Maemoisa_(Sinalepa)_vallavalitsus, lk 18
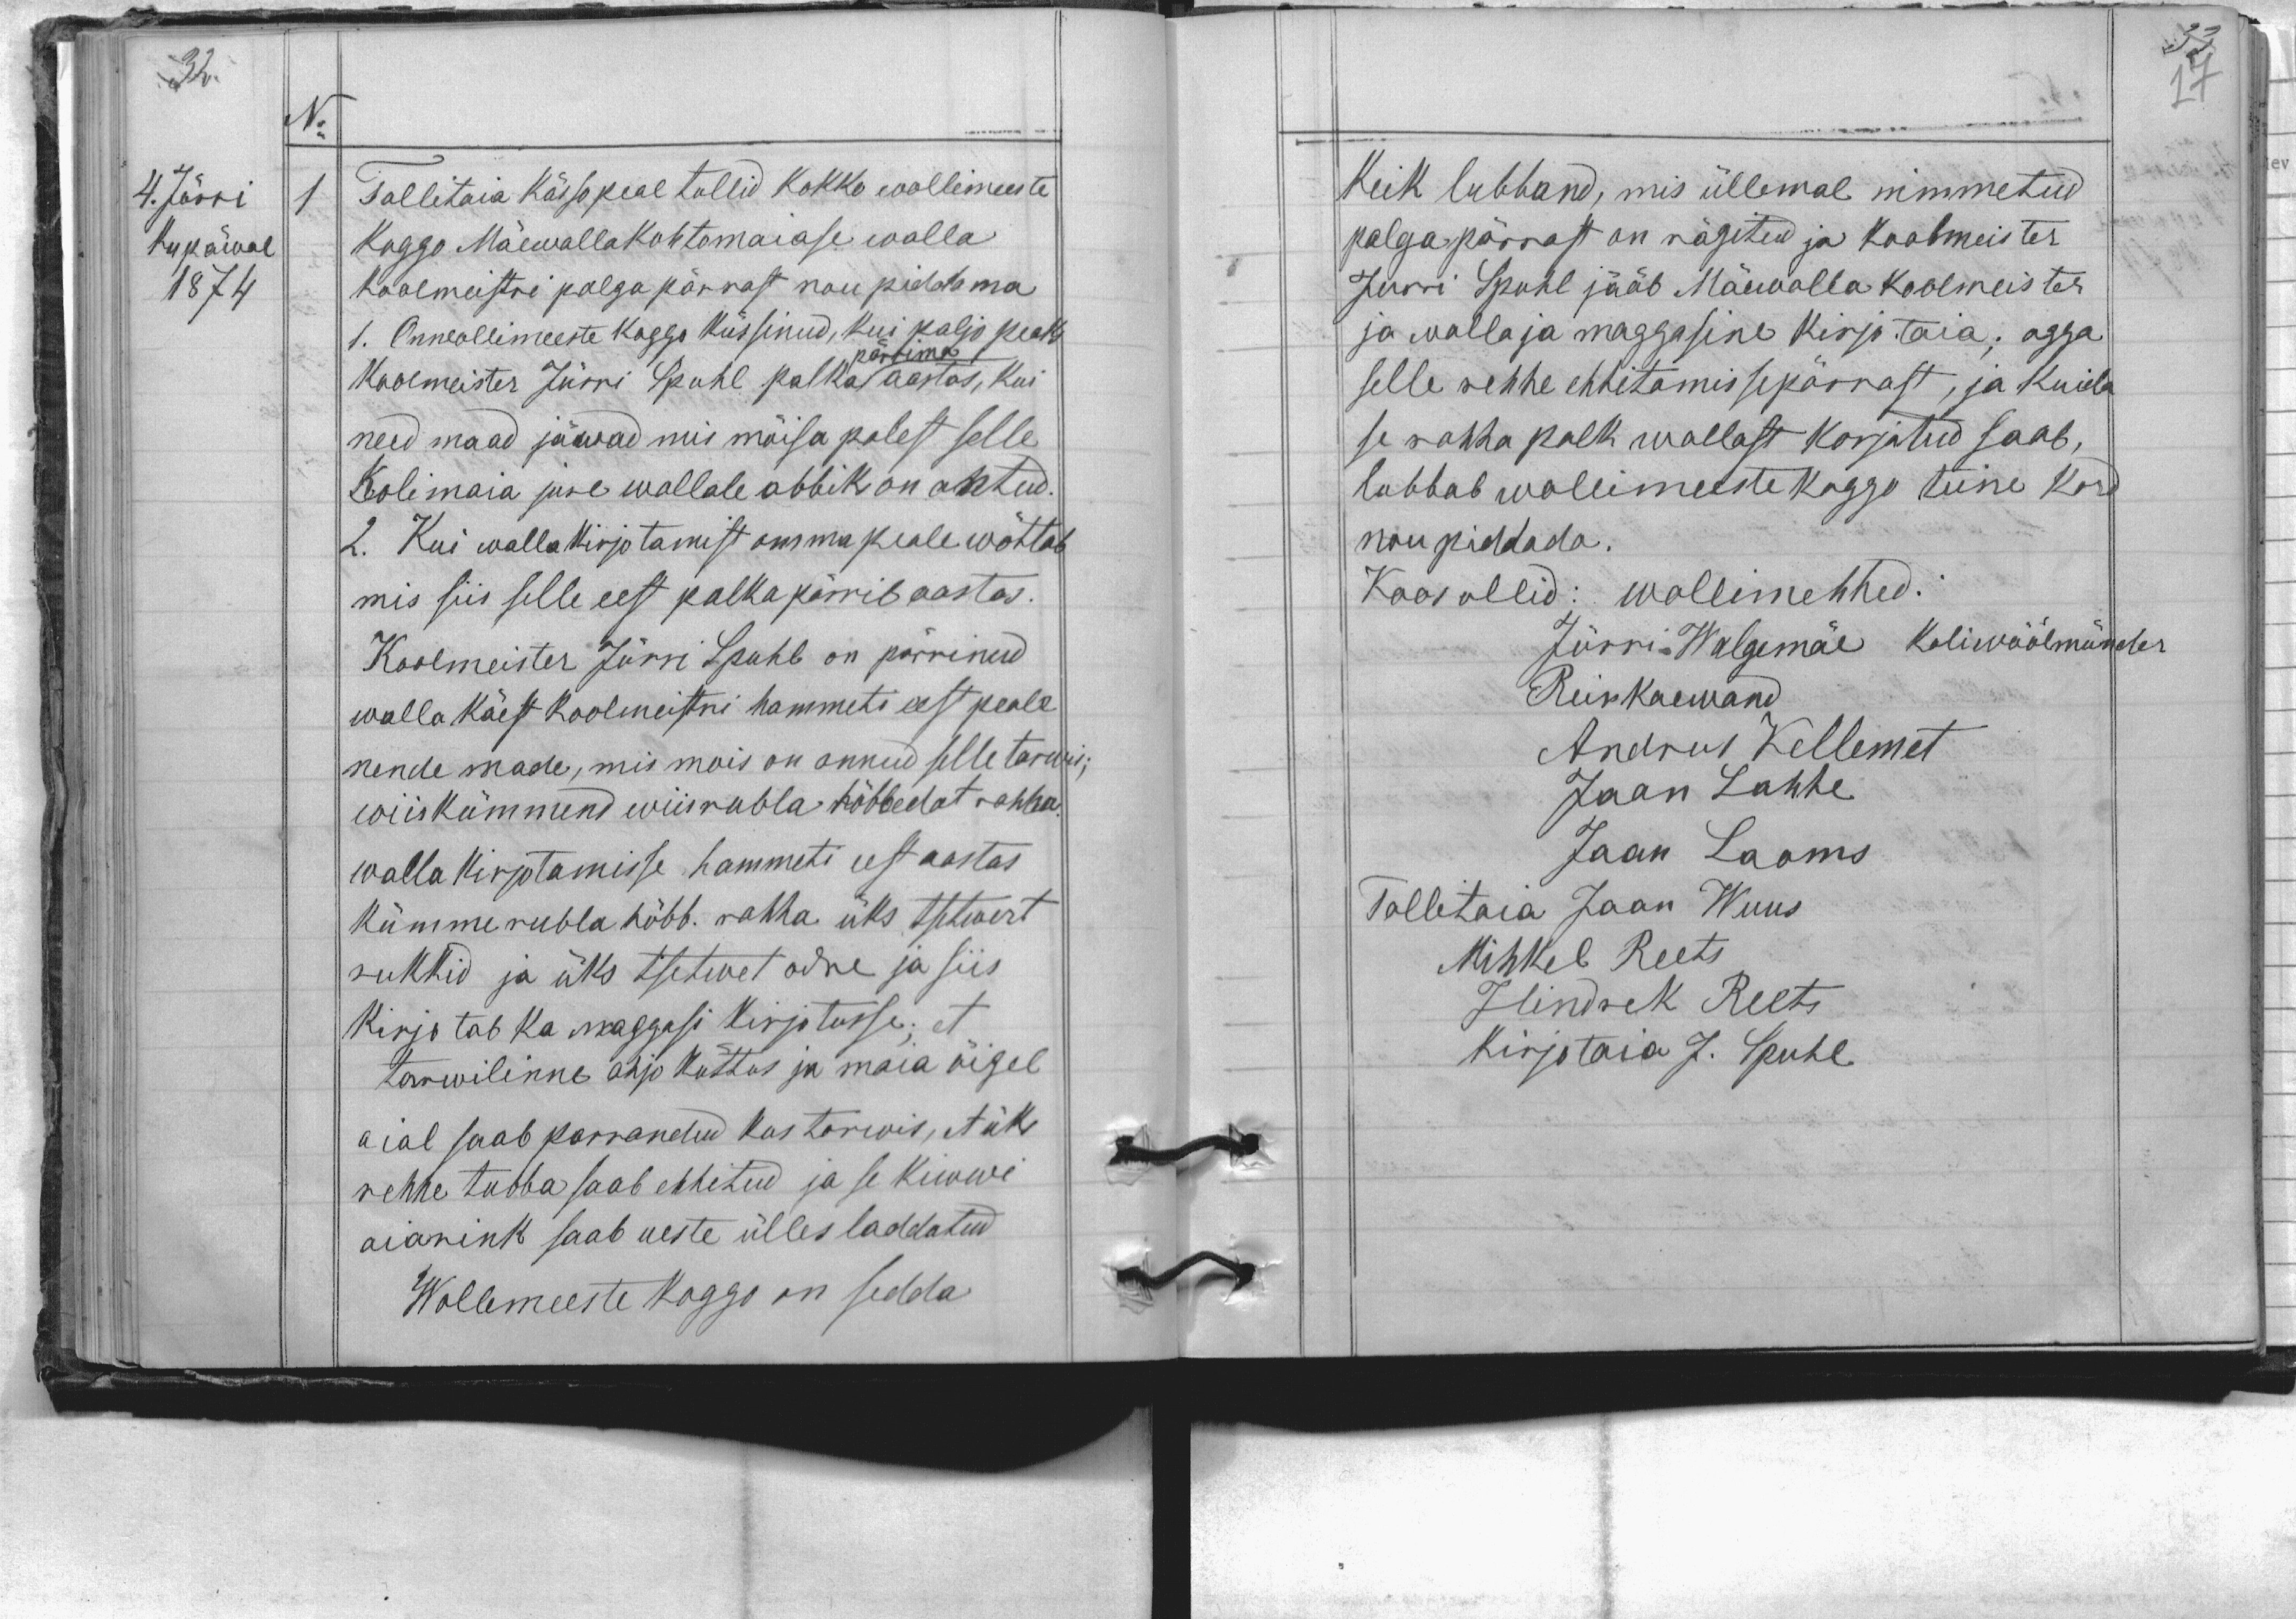
No
1
Tallitaia kässo peal tullid kokko wollimeeste
Koggo Mäewalla kohtomaiase walla
koolmeistri palga pärrast nou piddama.
1. On wollimeeste koggo küssinud, kui paljo peaks
pärrima
Koolmeister Jürri Spuhl palka aastas, kui
need maad jäwad mis mõisa polest selle
Kolimaja jure wallale abbik on antud.
2. Kui walla kirjotamist omma peale wõttab
mis siis selle eest palka pärrib aastas.
Koolmeister Jürri Spuhl on pärrinud
walla käest koolmeistri hammeti eest peale
nende made, mis mois on annud selle tarwis;
wiiskümmend wiis rubla hõbbedat rahha,
walla kirjotamisse hammeti eest aastas
kümme rubla hõbb. rahha üks tsetwert
rukkid ja üks tsetwet odre ja siis
Kirjotab ka maggasi kirjotusse; et
tarwilinne ahjo küttus ja maia õigel
aial saab parrandud kus tarwis, et üks
rehhe tubba saab ehhitud ja se kiwwi
aianink saab ueste ülles laddatud
Wollemeeste koggo on sedda

Keik lubband, mis üllemal nimmetud
palga pärrast on nägitud ja koolmeister
Jürri Spuhl jääb Mäewalla koolmeister
ja walla ja maggasine kirjotaia; agga
selle rehhe ehitamissepärrast, ja kuida
se rahha palk wallast korjatud saab.
lubbab wollimeeste koggo teine kord
noupiddada.
Koos ollid: wollimehhed:
Jürri Walgemäe koliwöölmünder
Rein Kaewand
Andrus Kellemet
Jaan Lahhe
Jaan Laoms
Tallitaia Jaan Wuus
Mihkel Reets
Hindrek Reets
kirjotaia J. Spuhl

4. Jürri
Kupäwal
1874